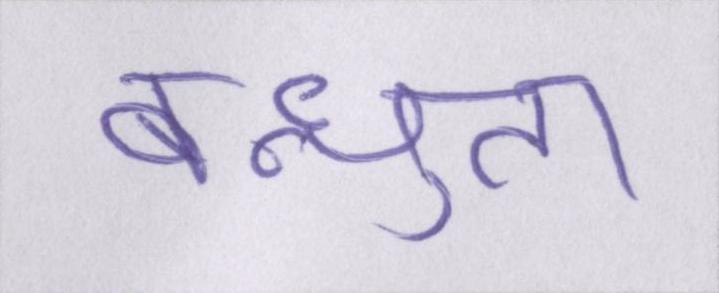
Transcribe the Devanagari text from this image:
बन्धुता